Document type: bank_statement
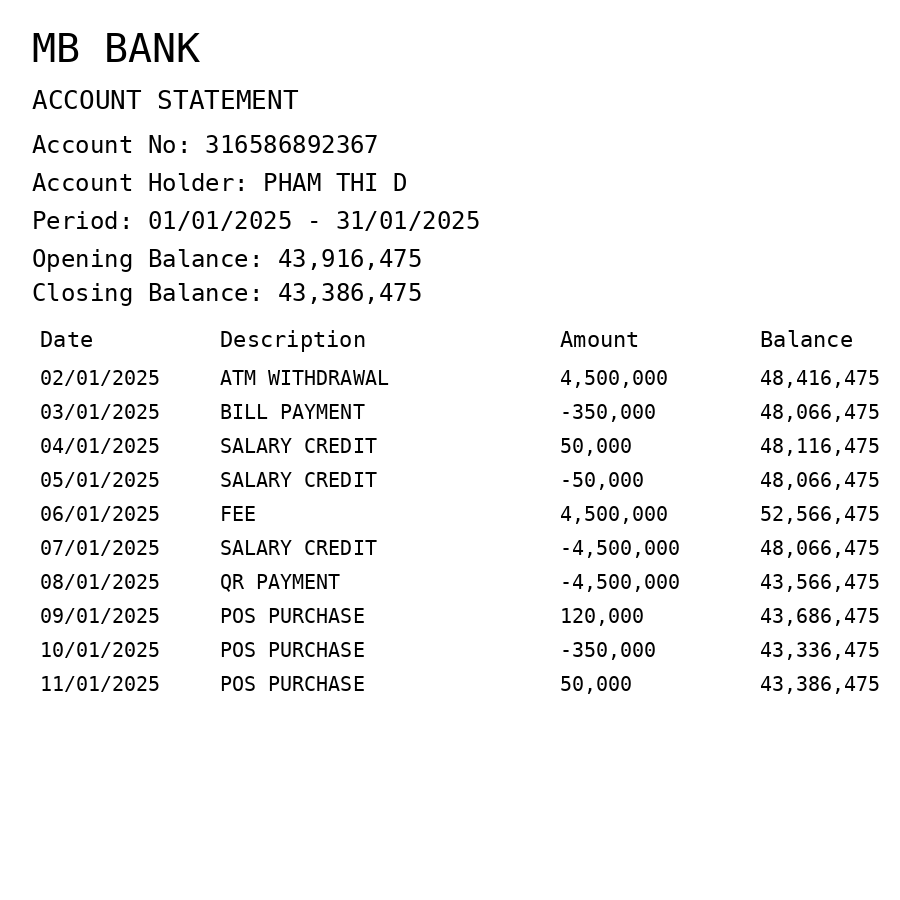
OCR transcript:
MB BANK
ACCOUNT STATEMENT
Account No: 316586892367
Account Holder: PHAM THI D
Period: 01/01/2025 - 31/01/2025
Opening Balance: 43,916,475
Closing Balance: 43,386,475
Date
Description
Amount
Balance
02/01/2025
ATM WITHDRAWAL
4,500,000
48,416,475
03/01/2025
BILL PAYMENT
-350,000
48,066,475
04/01/2025
SALARY CREDIT
50,000
48,116,475
05/01/2025
SALARY CREDIT
-50,000
48,066,475
06/01/2025
FEE
4,500,000
52,566,475
07/01/2025
SALARY CREDIT
-4,500,000
48,066,475
08/01/2025
QR PAYMENT
-4,500,000
43,566,475
09/01/2025
POS PURCHASE
120,000
43,686,475
10/01/2025
POS PURCHASE
-350,000
43,336,475
11/01/2025
POS PURCHASE
50,000
43,386,475
Extracted fields:
bank_name: mb bank
account_number: 316586892367
account_holder: pham thi d
statement_period: 01/01/2025 - 31/01/2025
opening_balance: 43916475
closing_balance: 43386475
transactions: date: 2025-01-02
description: atm withdrawal
amount: 4500000
balance: 48416475
date: 2025-01-03
description: bill payment
amount: -350000
balance: 48066475
date: 2025-01-04
description: salary credit
amount: 50000
balance: 48116475
date: 2025-01-05
description: salary credit
amount: -50000
balance: 48066475
date: 2025-01-06
description: fee
amount: 4500000
balance: 52566475
date: 2025-01-07
description: salary credit
amount: -4500000
balance: 48066475
date: 2025-01-08
description: qr payment
amount: -4500000
balance: 43566475
date: 2025-01-09
description: pos purchase
amount: 120000
balance: 43686475
date: 2025-01-10
description: pos purchase
amount: -350000
balance: 43336475
date: 2025-01-11
description: pos purchase
amount: 50000
balance: 43386475